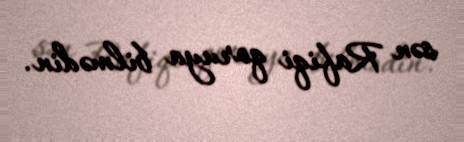
sən Rafiqi qoruya bilmədin.